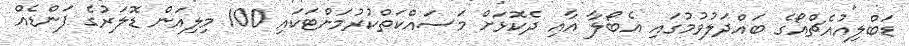
ޑަބްލިއުއެޗްއޯގެ ބައްދަލުވުމުގައި އެބޯލާ އާއި ދެކޮޅަށް މަސައްކަތްކުރުމަށްޓަކައި 100 މިލިއަން ޑޮލަރުގެ ފަންޑެއް